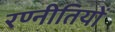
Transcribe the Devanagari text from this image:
रण्नीतियों